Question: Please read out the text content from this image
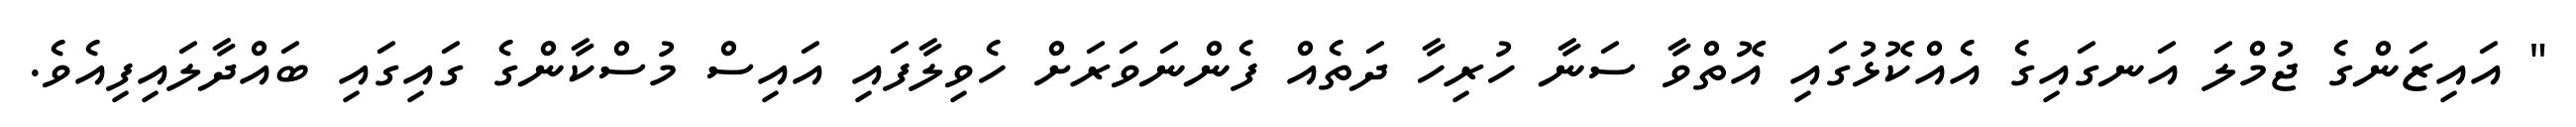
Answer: " އައިޒަންގެ ޖުމްލަ އަނގައިގެ އެއްކޮޅުގައި އޮތްވާ ސަނާ ހުރިހާ ދަތެއް ފެންނަވަރަށް ހެވިލާފައި އައިސް މުސްކާންގެ ގައިގައި ބައްދާލައިފިއެވެ.